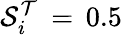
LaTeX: \mathcal{S}_{i}^{\mathcal{T}}\, =\, 0.5